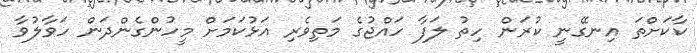
ކާކަށްތަ އިނގޭނީ ކުރަން ހިތު ލަފާ ހައްޖުގެ މަތިވެރި އަޅުކަމަށް މީހުންގެންދަން ހަވާލުވާ